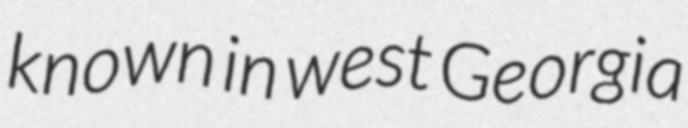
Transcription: known in west Georgia